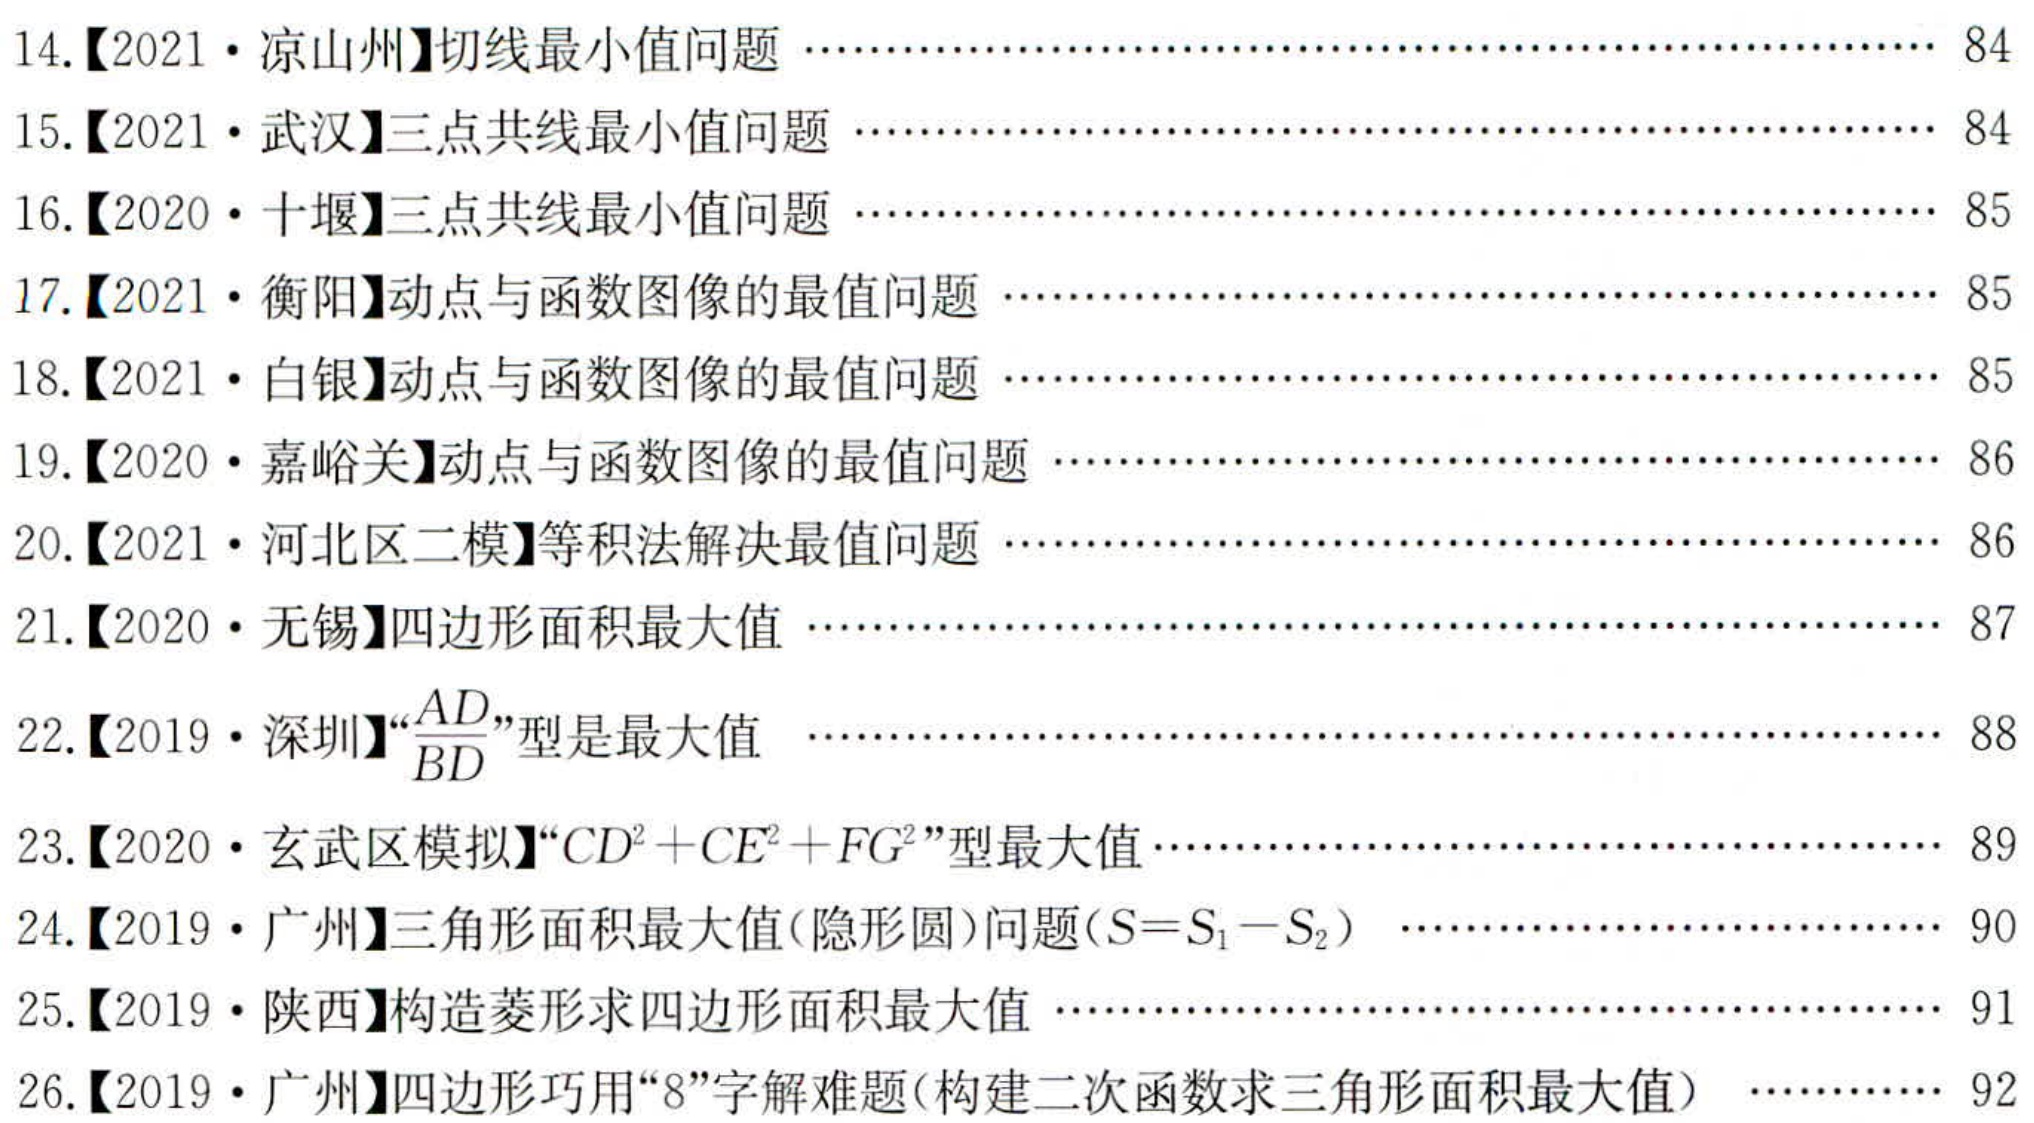
14.【2021·凉山州】切线最小值问题 ……………………………………………………… 84
15.【2021·武汉】三点共线最小值问题 …………………………………………………… 84
16.【2020·十堰】三点共线最小值问题 …………………………………………………… 85
17.【2021·衡阳】动点与函数图像的最值问题 …………………………………………… 85
18.【2021·白银】动点与函数图像的最值问题 …………………………………………… 85
19.【2020·嘉峪关】动点与函数图像的最值问题 …………………………………………… 86
20.【2021·河北区二模】等积法解决最值问题 …………………………………………… 86
21.【2020·无锡】四边形面积最大值 ……………………………………………………… 87
22.【2019·深圳】“\(\frac{AD}{BD}\)”型是最大值 …………………………………………………… 88
23.【2020·玄武区模拟】“\(CD^{2}+CE^{2}+FG^{2}\)”型最大值…………………………………… 89
24.【2019·广州】三角形面积最大值(隐形圆)问题(\(S = S_{1}-S_{2}\)) ……………………… 90
25.【2019·陕西】构造菱形求四边形面积最大值 …………………………………………… 91
26.【2019·广州】四边形巧用“8”字解难题(构建二次函数求三角形面积最大值) ………… 92